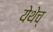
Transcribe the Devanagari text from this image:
येथेच्